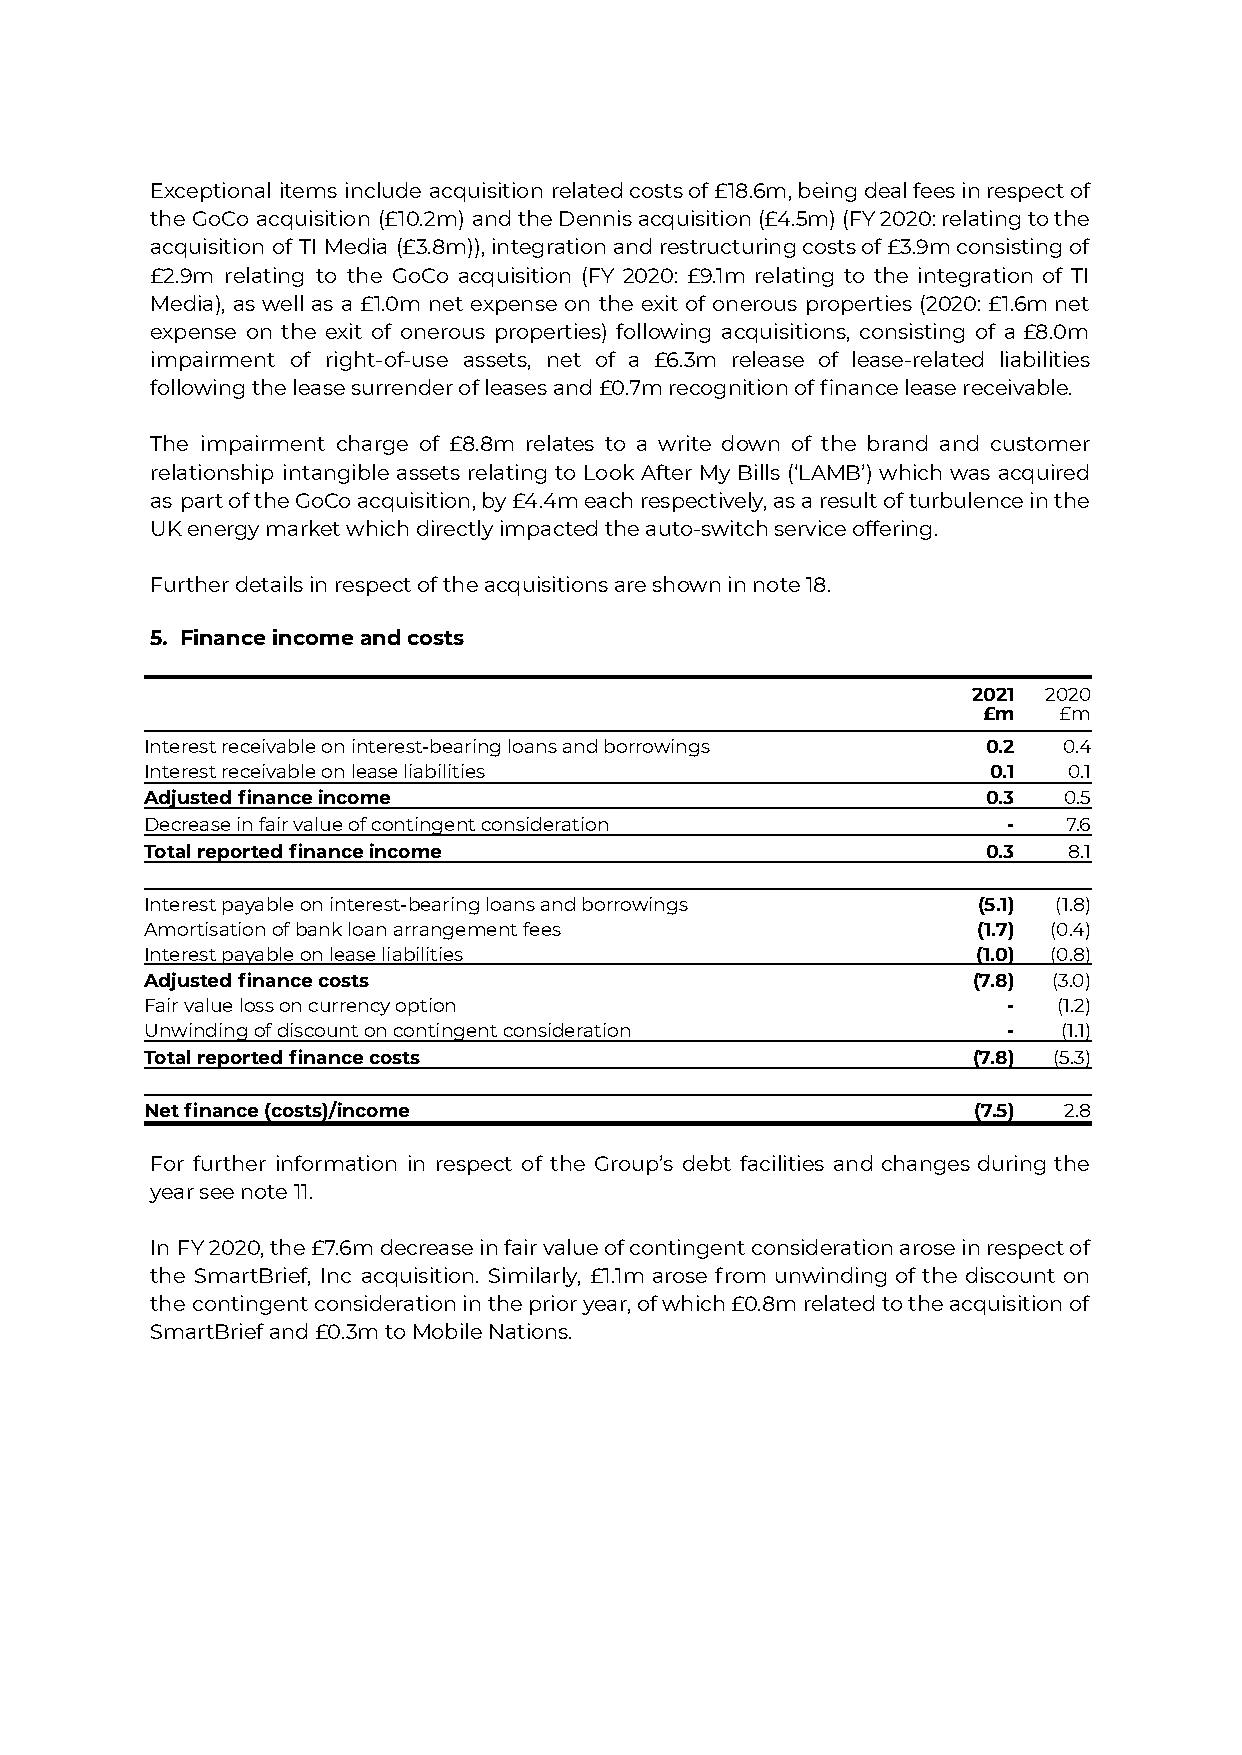
Exceptional items include acquisition relatedcostsof£18.6m,beingdealfeesinrespectof
 the GoCo acquisition (£10.2m) andtheDennisacquisition(£4.5m)(FY2020:relatingtothe
 acquisition of TI Media (£3.8m)),integrationandrestructuringcostsof£3.9mconsistingof
 £2.9m relating to the GoCo acquisition (FY 2020: £9.1m relating to the integration of TI
 Media), as well as a £1.0m net expense on the exit of onerous properties (2020: £1.6mnet
 expense on the exit of onerous properties) following acquisitions, consisting of a £8.0m
 impairment of right-of-use assets, net of a £6.3m release of lease-related liabilities
 following the lease surrender of leases and £0.7m recognition of finance lease receivable.
 The impairment charge of £8.8m relates to a write down of the brand and customer
 relationship intangible assets relating to Look After My Bills (‘LAMB’) which was acquired
 as partoftheGoCoacquisition,by£4.4meachrespectively,asaresultofturbulenceinthe
 UK energy market which directly impacted the auto-switch service offering.
 Further details in respect of the acquisitions are shown in note 18.
 5. Finance income and costs
 2021 2020
 £m   £m
 Interest receivable on interest-bearing loans and borrowings 0.2 0.4
 Interest receivable on lease liabilities                0.1  0.1
 Adjusted finance income                                0.3  0.5
 Decrease in fair value of contingent consideration       -   7.6
 Total reported finance income                          0.3   8.1
 Interest payable on interest-bearing loans and borrowings (5.1) (1.8)
 Amortisation of bank loan arrangement fees             (1.7) (0.4)
 Interest payable on lease liabilities                  (1.0) (0.8)
 Adjusted finance costs                                (7.8) (3.0)
 Fair value loss on currency option                       -  (1.2)
 Unwinding of discount on contingent consideration        -  (1.1)
 Total reported finance costs                          (7.8) (5.3)
 Net finance (costs)/income                            (7.5) 2.8
 For further information in respect of the Group’s debt facilities and changes during the
 year see note 11.
 In FY2020,the£7.6mdecreaseinfairvalueofcontingentconsiderationaroseinrespectof
 the SmartBrief, Inc acquisition. Similarly, £1.1m arose from unwinding of the discount on
 the contingentconsiderationintheprioryear,ofwhich£0.8mrelatedtotheacquisitionof
 SmartBrief and £0.3m to Mobile Nations.